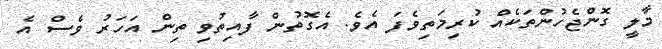
މާލީ ގޮންޖެހުންތަކެއް ކުރިމަތިވެފަ އެވެ. އެގޮތުން ފާއިތުވި ތިން އަހަރު ވެސް އެ